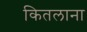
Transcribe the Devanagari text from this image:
कितलाना